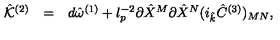
\begin{array} { r c l } { { \hat { \cal K } } ^ { ( 2 ) } } & { = } & { d { \hat { \omega } } ^ { ( 1 ) } + l _ { p } ^ { - 2 } \partial { \hat { X } } ^ { M } \partial { \hat { X } } ^ { N } ( i _ { \hat { k } } { \hat { C } } ^ { ( 3 ) } ) _ { M N } , } \\ \end{array}